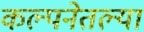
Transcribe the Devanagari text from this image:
कल्पनेतल्या